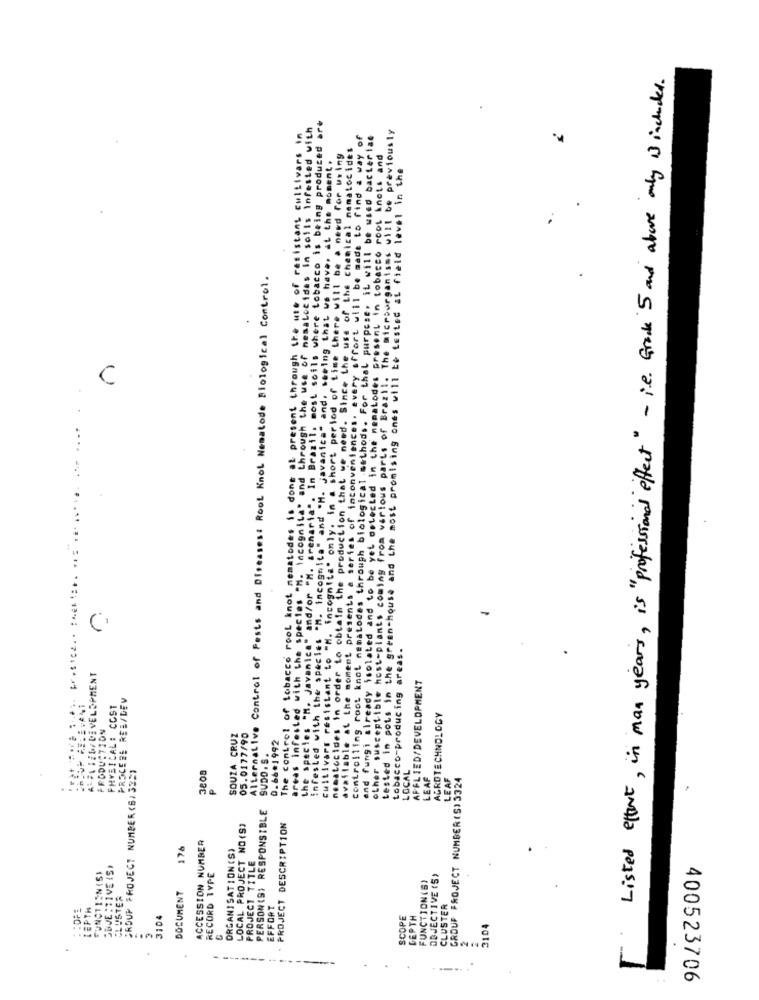
Listed effort, in man years, is "professional effect" - i.e. Grade 5 and above only is included.
the species "M. Javanica" and/or "M. arenaria". In Brazil, most soils where tobacco is being produced are
areas infected with the species "M. incognita" and through the use of mesalocidas in soils Infested with
other susceptible host-plants coming from various parts of Brazil. The microorganisms will be previously
The control of tobacco rool knot nematodes is done at present through the use of resistant cultivars in
available at the moment presents a series of inconveniences. every affort will be made to find a way of
controlling root knot nematodes through biological methods. For that purpose, it will be used bacteria
nematocides in order to obtain the production that we need. Since the use of the chemical namalocides
and fungi already isolated and to be yet selected in the nematodes present in tobacco root knots and
infested with the species "M. incognita" and "M. javanica" and, seeing that we have, at the moment.
cultivars resistant to "M. incognita" only. in a short period of time there will be a need for using
tested in pots in the green-house and the most promising ones will be tested at field level in the
Alternative Control of Pests and Diseases: Root Knol Nematode Biological Control.
C
-
tobacco-producing areas.
APPLIED/DEVELOPMENT
PROCEDE REE/DEV
PHYSICAL: COST
AGROTECHNOLOGY
PRODUCTION
SOUZA CRUZ
05.0177/90
0.66*1992
SUDO . S .
GROUP PROJECT NUMBER (6/3221
3808
LOCAL
LEAF
LEAF
GROUF PROJECT NUMBER(S) 3324
.
PERSON(S) RESPONSIBLE
LOCAL PROJECT NO (S)
PROJECT DESCRIPTION
ACCESSION NUMBER
176
ORGANISATION(S)
PROJECT TITLE
FUNCTION(SI
OBJE : 11VE IS
RECORD TYPE
FUNCTION(S)
OBJECTIVE (S)
CLUSTER
DOCUMENT
:: OF1
LEPTH
EFFORT
CLUSTER
3104
SCOPE
DEPTH
3104
-----
400523706